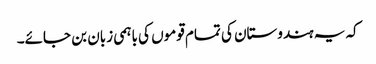
کہ یہ ہندوستان کی تمام قوموں کی باہمی زبان بن جائے۔